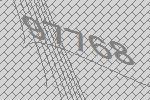
97768